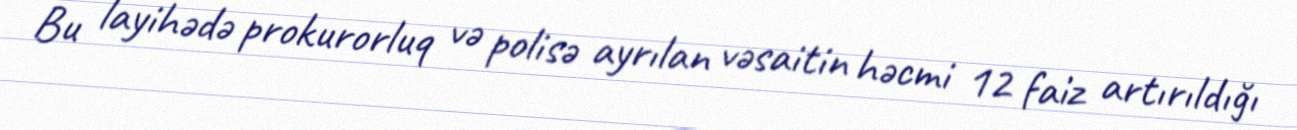
Bu layihədə prokurorluq və polisə ayrılan vəsaitin həcmi 12 faiz artırıldığı